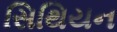
સિથિયન